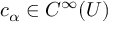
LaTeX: c _ { \alpha } \in C ^ { \infty } ( U )